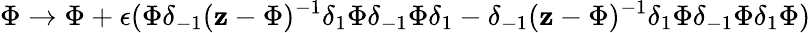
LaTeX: \Phi\rightarrow\Phi+\epsilon(\Phi\delta_{-1}(\mathbf{z}-\Phi)^{-1}\delta_{1}\Phi\delta_{-1}\Phi\delta_{1}-\delta_{-1}(\mathbf{z}-\Phi)^{-1}\delta_{1}\Phi\delta_{-1}\Phi\delta_{1}\Phi)